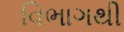
વિભાગથી